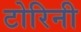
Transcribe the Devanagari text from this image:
टोरिनी